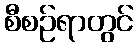
စီစဉ်ရာတွင်